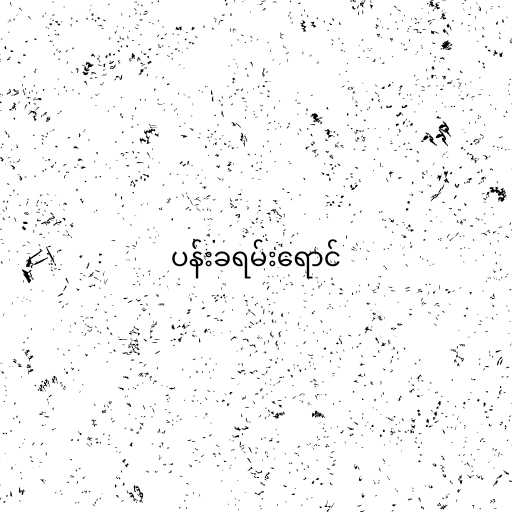
ပန်းခရမ်းရောင်